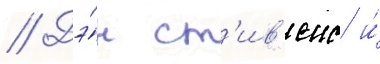
// Дэ́н ст'ив'енс и́